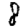
Digit: 8